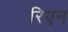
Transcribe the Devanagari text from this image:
रिएन